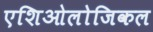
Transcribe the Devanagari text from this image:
एशिओलोजिकल